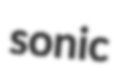
sonic